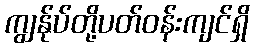
ကျွန်ုပ်တို့ပတ်ဝန်းကျင်ရှိ